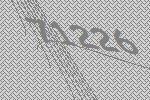
71226